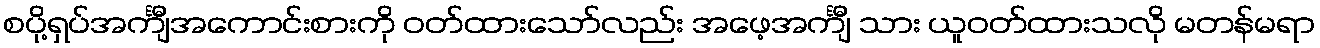
စပို့ရှပ်အင်္ကျီအကောင်းစားကို ဝတ်ထားသော်လည်း အဖေ့အင်္ကျီ သား ယူဝတ်ထားသလို မတန်မရာ